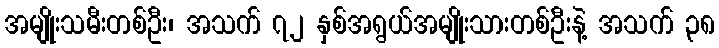
အမျိုးသမီးတစ်ဦး၊ အသက် ၇၂ နှစ်အရွယ်အမျိုးသားတစ်ဦးနဲ့ အသက် ၃၈